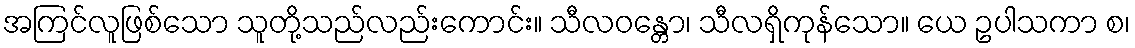
အကြင်လူဖြစ်သော သူတို့သည်လည်းကောင်း။ သီလဝန္တော၊ သီလရှိကုန်သော။ ယေ ဥပါသကာ စ၊